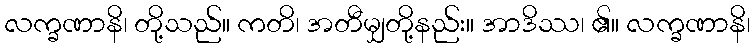
လက္ခဏာနိ၊ တို့သည်။ ကတိ၊ အတီမျှတို့နည်း။ အာဒိဿ၊ ၏။ လက္ခဏာနိ၊